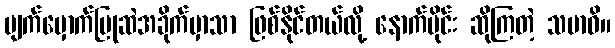
မျက်မှောက်ပြုဆဲအခိုက်မှာသာ ဖြစ်နိုင်တယ်လို့ နောက်ပိုင်း ဆိုကြတဲ့ သမာဓိ။